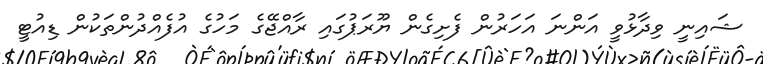
ޝައިނީ ވިދާޅުވީ އަންނަ އަހަރުން ފެށިގެން ޔޫރަޕުގައި ރާއްޖޭގެ މަހުގެ އުފެއްދުންތަކުން ޑިއުޓީ